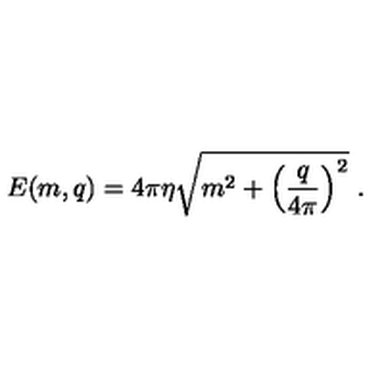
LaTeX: E ( m , q ) = 4 \pi \eta \sqrt { m ^ { 2 } + \left( \frac { q } { 4 \pi } \right) ^ { 2 } } \ .